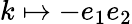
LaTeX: k\mapsto-e_{1}e_{2}